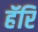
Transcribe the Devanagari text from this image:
हॅरि